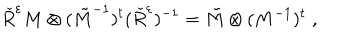
\check { R } ^ { \varepsilon } M \otimes ( \tilde { M } ^ { - 1 } ) ^ { t } ( \check { R } ^ { \varepsilon } ) ^ { - 1 } = \tilde { M } \otimes ( M ^ { - 1 } ) ^ { t } \; ,